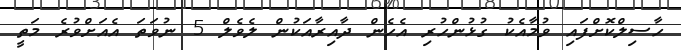
ހާސިލްކޮށްފައި ވުމާއެކު ގުޅުންހުރި އެހެން ދާއިރާއަކުން ލެވެލް 5 ނުވަތަ އެއަށްވުރެ މަތީ